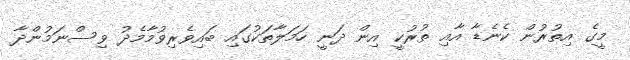
މީގެ އިތުރުން ކެނެޑާ އާއި ތުރުކީ އިން ދަނީ ހަމަލާތަކުގައި ބައިވެރިވުމާމެދު ވިސްނަމުންދާ